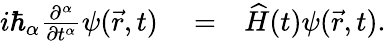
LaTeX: \begin{array}{rlr}{i\hbar_{\alpha}\frac{\partial^{\alpha}}{\partial t^{\alpha}}\psi(\vec{r},t)}&{{}=}&{\widehat{H}(t)\psi(\vec{r},t).}\end{array}